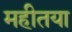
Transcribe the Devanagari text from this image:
महीतया